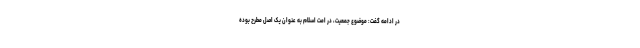
در ادامه گفت: موضوع جمعیت، در امت اسلام به عنوان یک اصل مطرح بوده